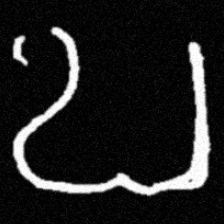
Pyu character \u2014 Myanmar letter: ဎ (romanized: ddha)